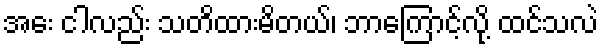
အေး ငါလည်း သတိထားမိတယ်၊ ဘာကြောင့်လို့ ထင်သလဲ